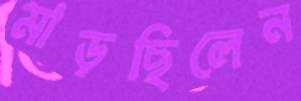
মাড়ছিলেন